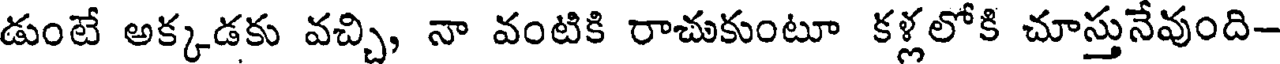
డుంటే అక్కడకు వచ్చి, నా వంటికి రాచుకుంటూ కళ్లలోకి చూస్తునేవుంది-